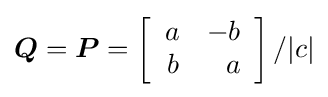
{\boldsymbol {Q}}={\boldsymbol {P}}=\left[{\begin{array}{rr}a&-b\\b&a\end{array}}\right]/|c|